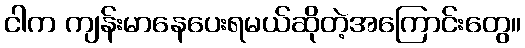
ငါက ကျန်းမာနေပေးရမယ်ဆိုတဲ့အကြောင်းတွေ။